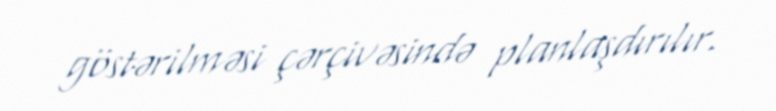
göstərilməsi çərçivəsində planlaşdırılır.